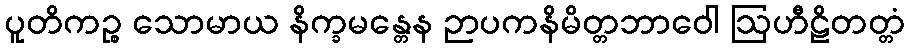
ပူတိကဉ္စ သောမာယ နိက္ခမန္တေန ဉာပကနိမိတ္တဘာဝေါ ဩဟီဠိတတ္တံ